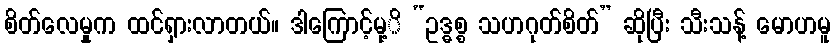
စိတ်လေမှုက ထင်ရှားလာတယ်။ ဒါကြောင့်မု့ိ “ဥဒ္ဓစ္စ သဟဂုတ်စိတ်” ဆိုပြီး သီးသန့် မောဟမူ